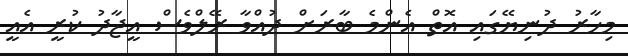
މިހާރު ދުނިޔޭގައި އޮތް އެންމެ ބާރަށް ދުއްވާ ރޭލްވެސް އީޖާދު ކުރީ އެއީ